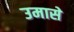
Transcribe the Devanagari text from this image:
उमासे